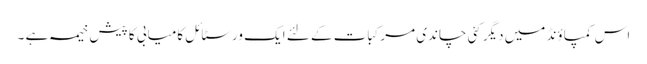
اس کمپاؤنڈ میں دیگر کئی چاندی مرکبات کے لئے ایک ورسٹائل کامیابی کا پیش خیمہ ہے ۔